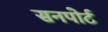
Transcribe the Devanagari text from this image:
सनपोर्ट